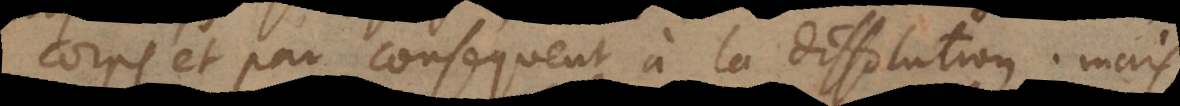
corps et par consequent à la dissolution; mais